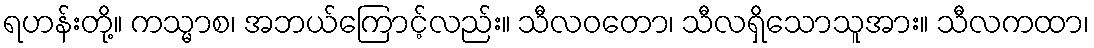
ရဟန်းတို့။ ကသ္မာစ၊ အဘယ်ကြောင့်လည်း။ သီလဝတော၊ သီလရှိသောသူအား။ သီလကထာ၊